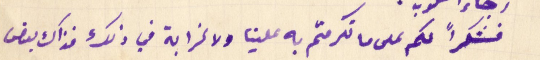
فشكراً لكم على ما تكرمتم به علينا ولا غرابة في ذلك فذاك بعض